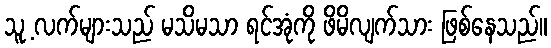
သူ့ လက်များသည် မသိမသာ ရင်အုံကို ဖိမိလျက်သား ဖြစ်နေသည်။